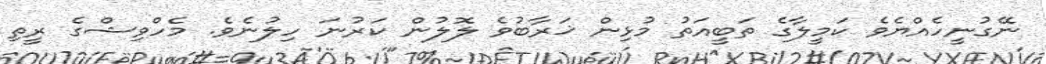
ނޭގުނީހެއްޔެވެ ކަމީލާގެ ތަބީއަތު މުޅިން ޚަރާބުވެ ލޮލުން ކަރުނަ ހިލުނެވެ. މެހްވިޝްގެ ރީތި